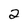
Character: 2